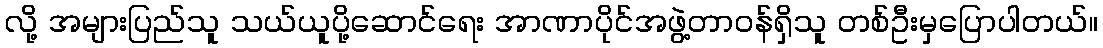
လို့ အများပြည်သူ သယ်ယူပို့ဆောင်ရေး အာဏာပိုင်အဖွဲ့တာဝန်ရှိသူ တစ်ဦးမှပြောပါတယ်။